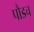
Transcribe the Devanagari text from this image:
पौडच